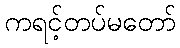
ကရင့်တပ်မတော်